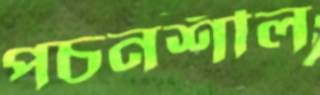
পচনশীল